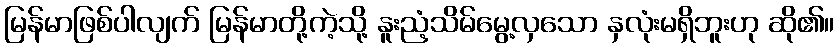
မြန်မာဖြစ်ပါလျက် မြန်မာတို့ကဲ့သို့ နူးညံ့သိမ်မွေ့လှသော နှလုံးမရှိဘူးဟု ဆို၏။